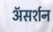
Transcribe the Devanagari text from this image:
अॅसर्शन